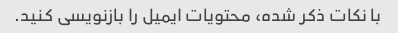
با نکات ذکر شده، محتویات ایمیل را بازنویسی کنید.